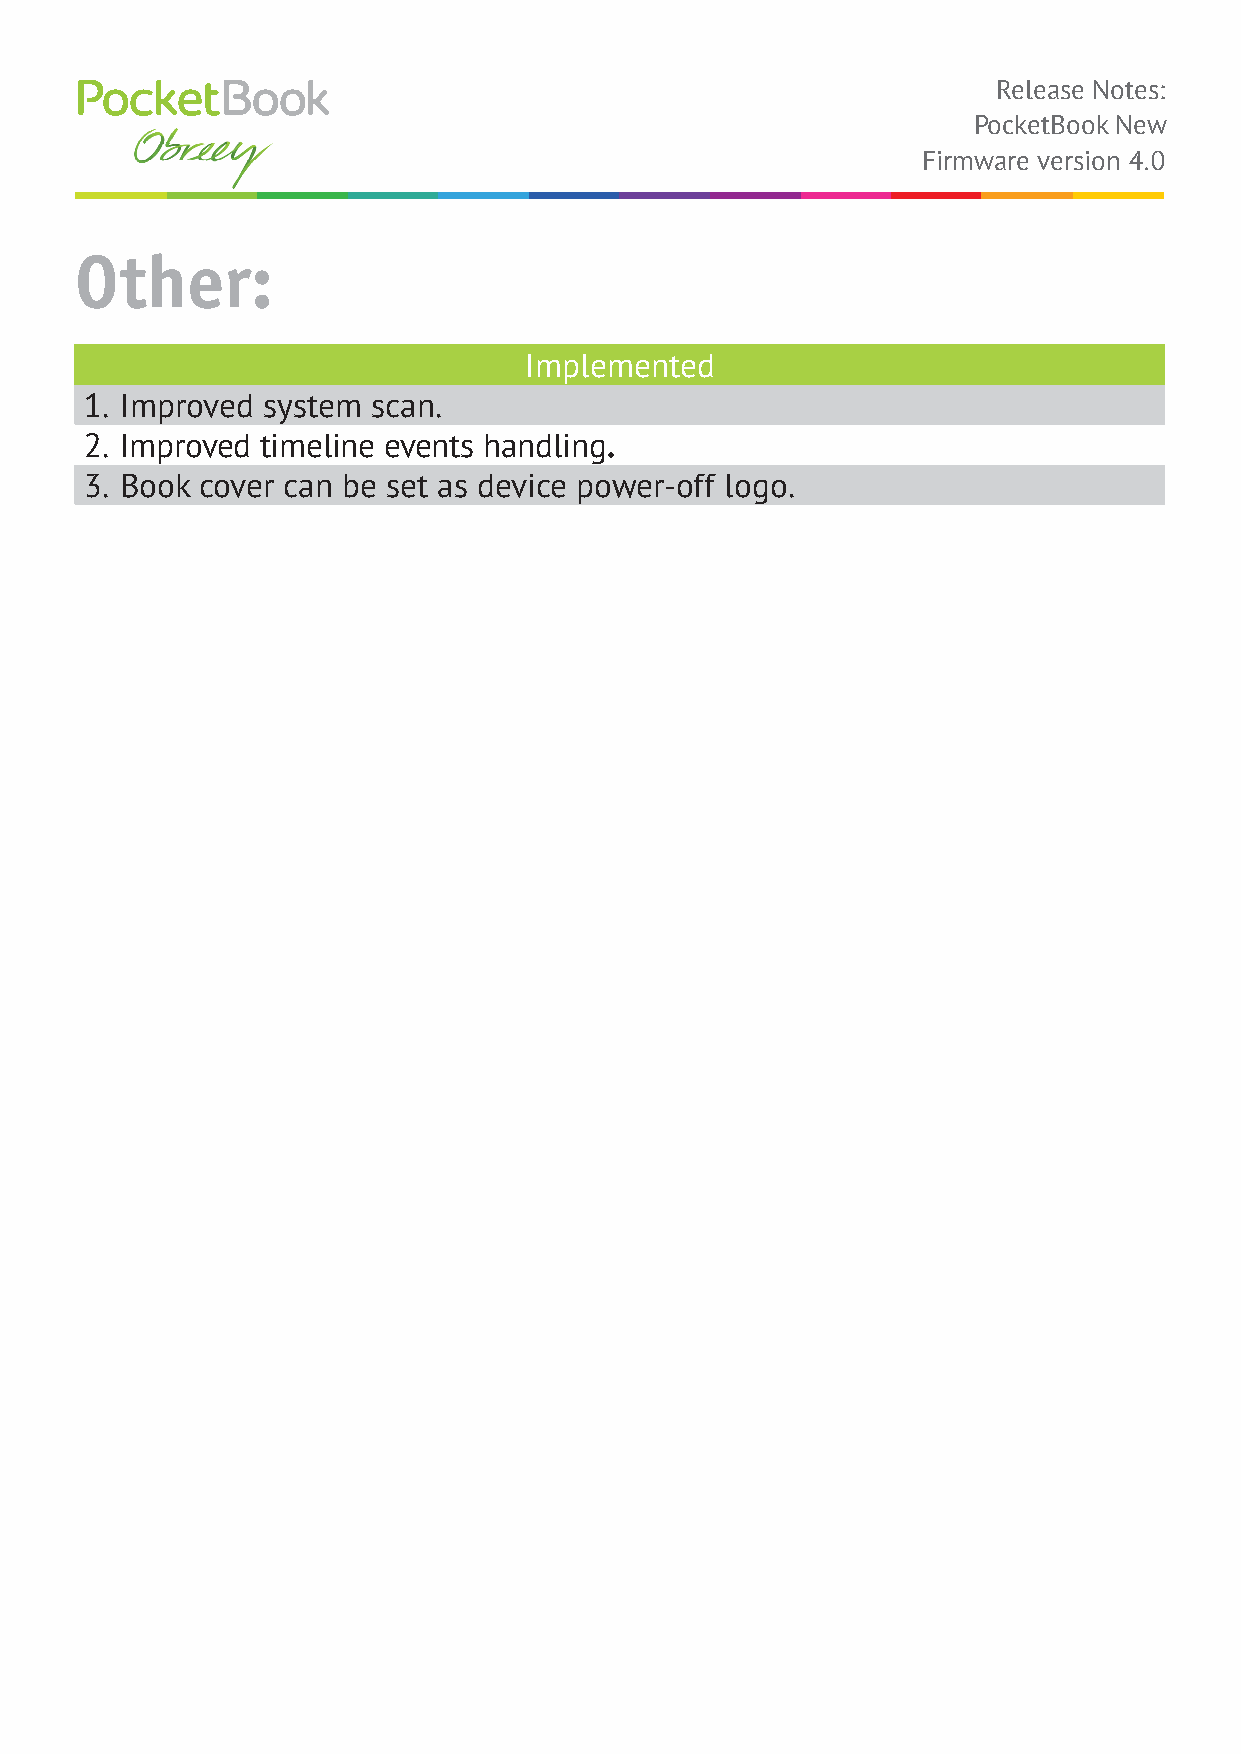
Release Notes:
 PocketBook New
 Firmware version 4.0
 Other:
 Implemented
 1. Improved system  scan.
 2. Improved timeline events handling.
 3. Book cover can be set as device power-off logo.